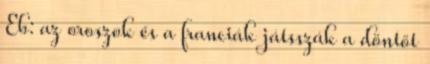
Eb: az oroszok és a franciák játsszák a döntőt